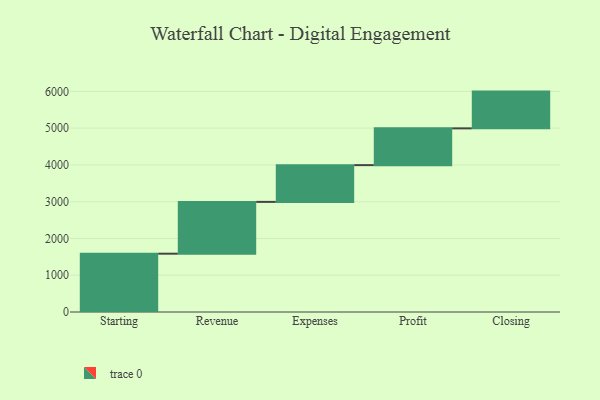
{"axis": {"x": "Step", "y": "Value"}, "legend": [""], "data": [{"x": "Starting", "y": 1586.0, "type": ""}, {"x": "Revenue", "y": 1409.0, "type": ""}, {"x": "Expenses", "y": 1000, "type": ""}, {"x": "Profit", "y": 1000, "type": ""}, {"x": "Closing", "y": 1000, "type": ""}]}